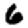
Digit: 6